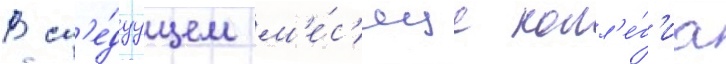
В сл'е́дуущем м'е́с'яце колл'е́г'иа